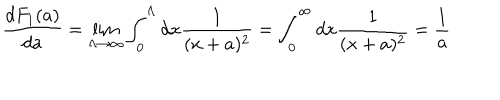
LaTeX: \frac { d F _ { 1 } ( a ) } { d a } = \lim _ { \Lambda \rightarrow \infty } \int _ { 0 } ^ { \Lambda } d x \frac 1 { ( x + a ) ^ { 2 } } = \int _ { 0 } ^ { \infty } d x \frac 1 { ( x + a ) ^ { 2 } } = \frac 1 a